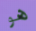
هو